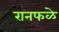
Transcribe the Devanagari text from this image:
रानफळे